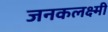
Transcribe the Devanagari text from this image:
जनकलक्ष्मी